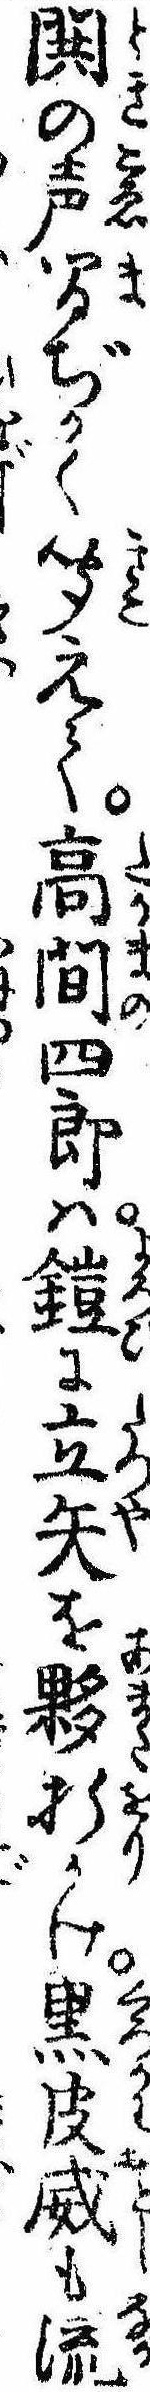
閧の声間ぢかく聞えて高間四郎は鎧に立矢を夥折かけ黒皮威も流